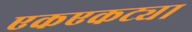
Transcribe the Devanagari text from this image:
एकएकट्या